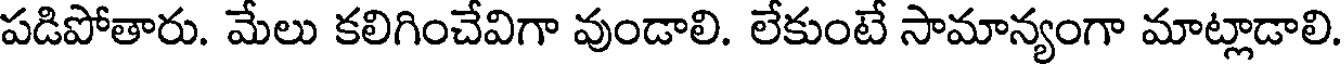
పడిపోతారు. మేలు కలిగించేవిగా వుండాలి. లేకుంటే సామాన్యంగా మాట్లాడాలి.